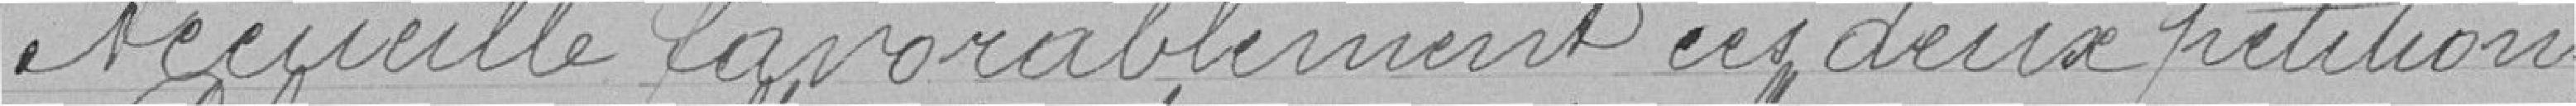
recueille favorablement ces deux pétitions,